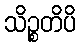
သိဉ္စတိပိ